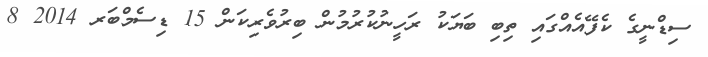
ސިޑްނީގެ ކެފޭއެއްގައި ތިބި ބަޔަކު ރަހީނުކުރުމުން ބިރުވެރިކަން 15 ޑިސެމްބަރ 2014 8